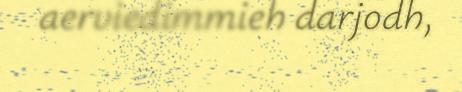
aerviedimmieh darjodh,